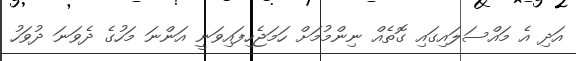
އަދި އެ މައްސަލައިގައި ގޮތެއް ނިންމުމަށް ހަމަޖެހިފައިވަނީ އަންނަ މަހުގެ ދެވަނަ ދުވަހު